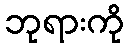
ဘုရားကို